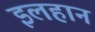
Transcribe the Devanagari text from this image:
इलहान